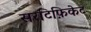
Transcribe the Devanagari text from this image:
सरटिफ़िकेट